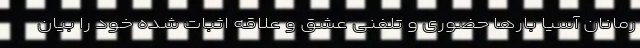
رمانان آسیا بارها حضوری و تلفنی عشق و علاقه اثبات شده خود را بیان